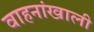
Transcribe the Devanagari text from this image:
वाहनांखाली